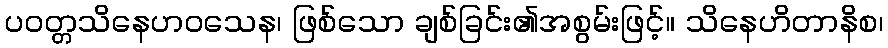
ပဝတ္တသိနေဟဝသေန၊ ဖြစ်သော ချစ်ခြင်း၏အစွမ်းဖြင့်။ သိနေဟိတာနိစ၊